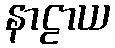
နာဠာယ